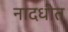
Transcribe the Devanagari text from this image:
नादधीत